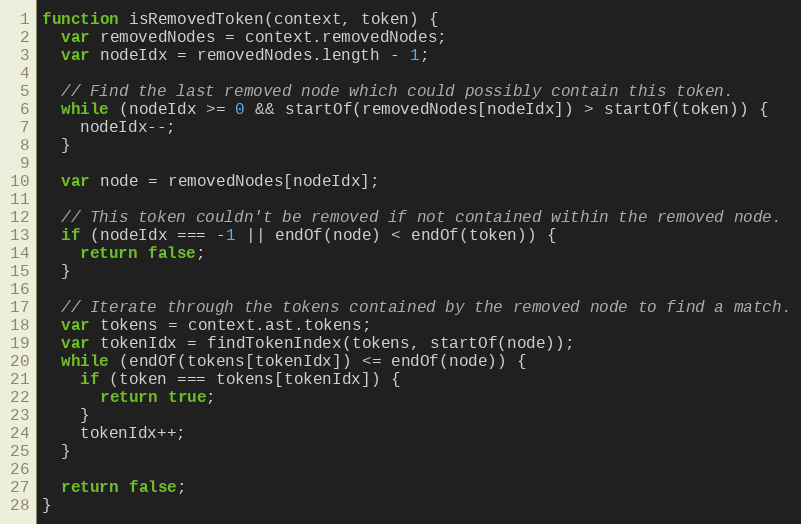
Language: JavaScript
function isRemovedToken(context, token) {
  var removedNodes = context.removedNodes;
  var nodeIdx = removedNodes.length - 1;

  // Find the last removed node which could possibly contain this token.
  while (nodeIdx >= 0 && startOf(removedNodes[nodeIdx]) > startOf(token)) {
    nodeIdx--;
  }

  var node = removedNodes[nodeIdx];

  // This token couldn't be removed if not contained within the removed node.
  if (nodeIdx === -1 || endOf(node) < endOf(token)) {
    return false;
  }

  // Iterate through the tokens contained by the removed node to find a match.
  var tokens = context.ast.tokens;
  var tokenIdx = findTokenIndex(tokens, startOf(node));
  while (endOf(tokens[tokenIdx]) <= endOf(node)) {
    if (token === tokens[tokenIdx]) {
      return true;
    }
    tokenIdx++;
  }

  return false;
}